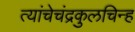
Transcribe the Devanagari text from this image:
त्यांचेचंद्रकुलचिन्ह